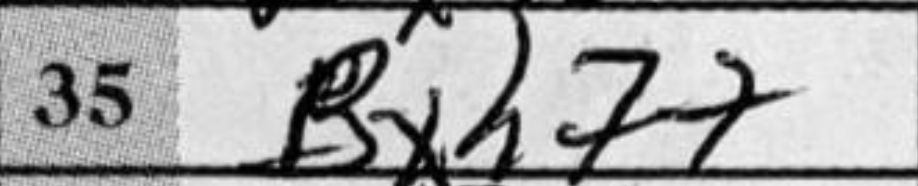
Transcription: Bxh7+